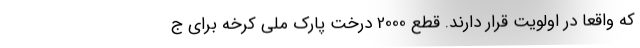
که واقعا در اولویت قرار دارند. قطع 2000 درخت پارک ملی کرخه برای ج